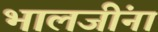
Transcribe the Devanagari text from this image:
भालजींना